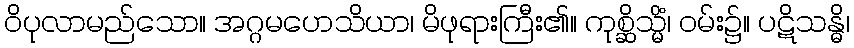
ဝိပုလာမည်သော။ အဂ္ဂမဟေသိယာ၊ မိဖုရားကြီး၏။ ကုစ္ဆိသ္မိံ၊ ဝမ်း၌။ ပဋိသန္ဓိ၊